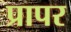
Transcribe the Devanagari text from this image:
प्रापर